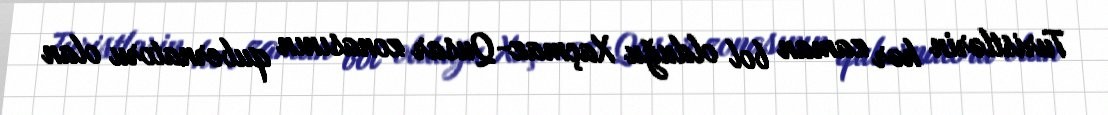
Turistlərin hər zaman bol olduğu Xaçmaz-Qusar zonasının qubernatoru olan